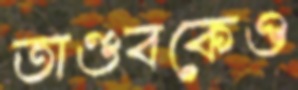
তাণ্ডবকেও